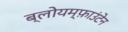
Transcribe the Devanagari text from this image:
ब्लोयम्फ़ाउंटेन